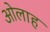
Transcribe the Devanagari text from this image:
ओलाह